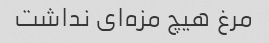
مرغ هیچ مزه‌ای نداشت